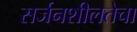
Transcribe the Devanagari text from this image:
सर्जनशीलतेचा